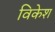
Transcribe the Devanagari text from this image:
विकेश